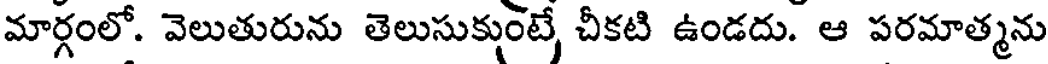
మార్గంలో. వెలుతురును తెలుసుకుంటే, చీకటి ఉండదు. ఆ పరమాత్మను